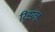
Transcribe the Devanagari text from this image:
रिझव्ह